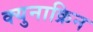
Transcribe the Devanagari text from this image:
क्युनाक्रिन